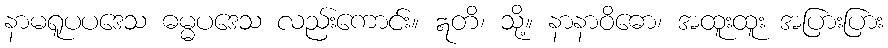
နာမရူပပဒေသ ဓမ္မပဒေသ လည်းကောင်း။ ဣတိ၊ သို့။ နာနာဝိဓော၊ အထူးထူး အပြားပြား